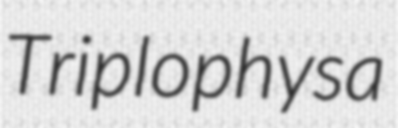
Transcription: Triplophysa